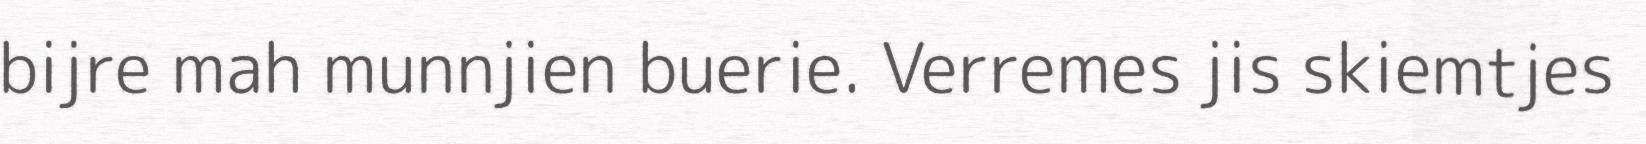
bijre mah munnjien buerie. Verremes jis skiemtjes